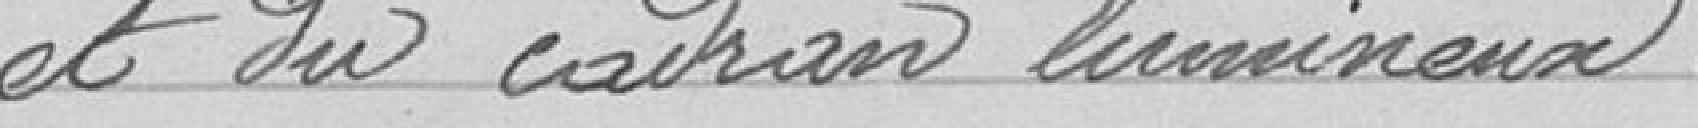
et du cadran lumineux.